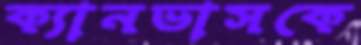
ক্যানভাসকে